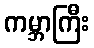
ကမ္ဘာကြီး